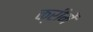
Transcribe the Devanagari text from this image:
क्रीमें